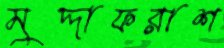
মুদ্দাফরাশ